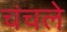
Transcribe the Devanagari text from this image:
चंचले